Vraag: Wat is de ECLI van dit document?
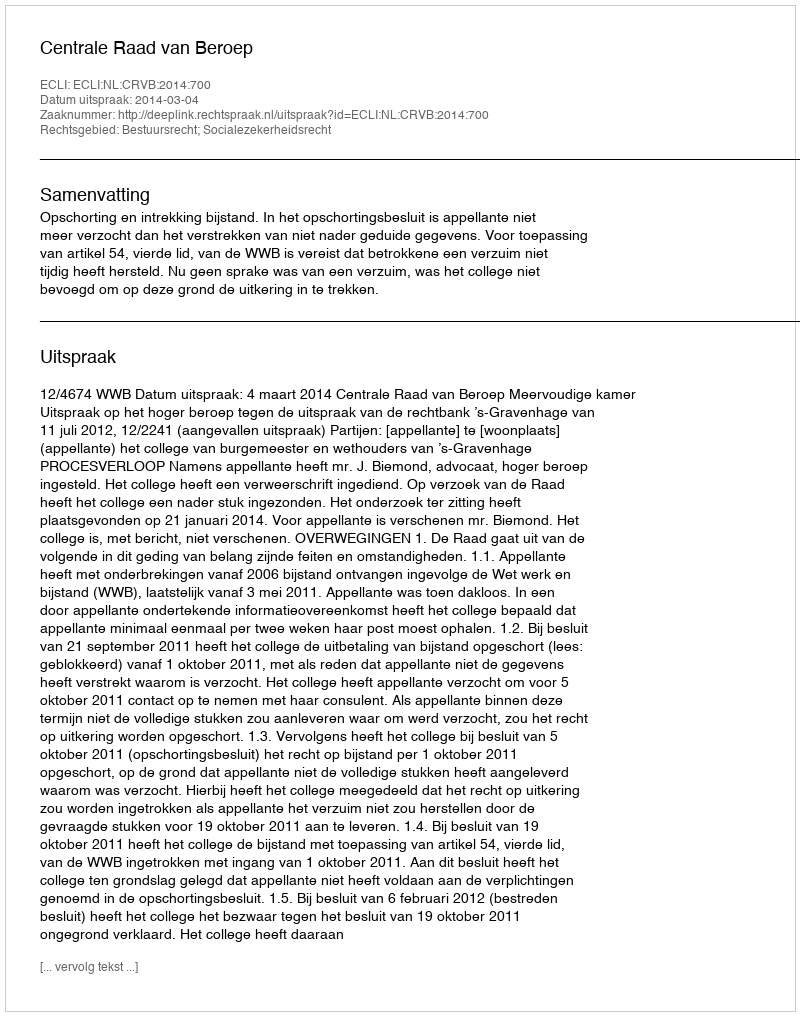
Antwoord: ECLI:NL:CRVB:2014:700